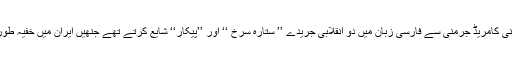
اس زمانے میں یہ ایرانی کامریڈ جرمنی سے فارسی زبان میں دو انقلابی جریدے ’’ ستارہ سرخ ‘‘ اور ’’پیکار‘‘ شایع کرتے تھے جنھیں ایران میں خفیہ طور پر تقسیم کیا جاتا تھا۔